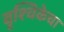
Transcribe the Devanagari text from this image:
वृश्चिकेचा